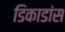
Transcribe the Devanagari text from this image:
डिकाडांस